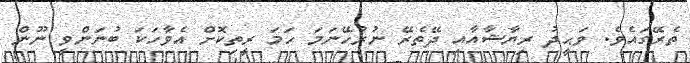
ތެރޭގައެވެ. ވަޙީދު ރިޔާޝާއާއި ދޭތެރޭ ނުރުހޭނަމަ ހަމަ ރީތިކޮށް އެވާހަކަ ބުނަންވީ ނޫން